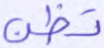
تظن